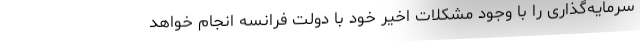
سرمایه‌گذاری را با وجود مشکلات اخیر خود با دولت فرانسه انجام خواهد